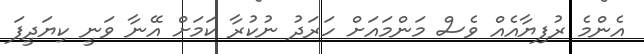
އެންމެ ރުފިޔާއެއް ވެސް މަންމައަށް ހަރަދު ނުކުރާ ކަމަށް އޭނާ ވަނީ ކިޔަދީފަ